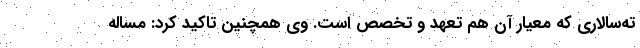
ته‌سالاری که معیار آن هم تعهد و تخصص است. وی همچنین تاکید کرد: مساله